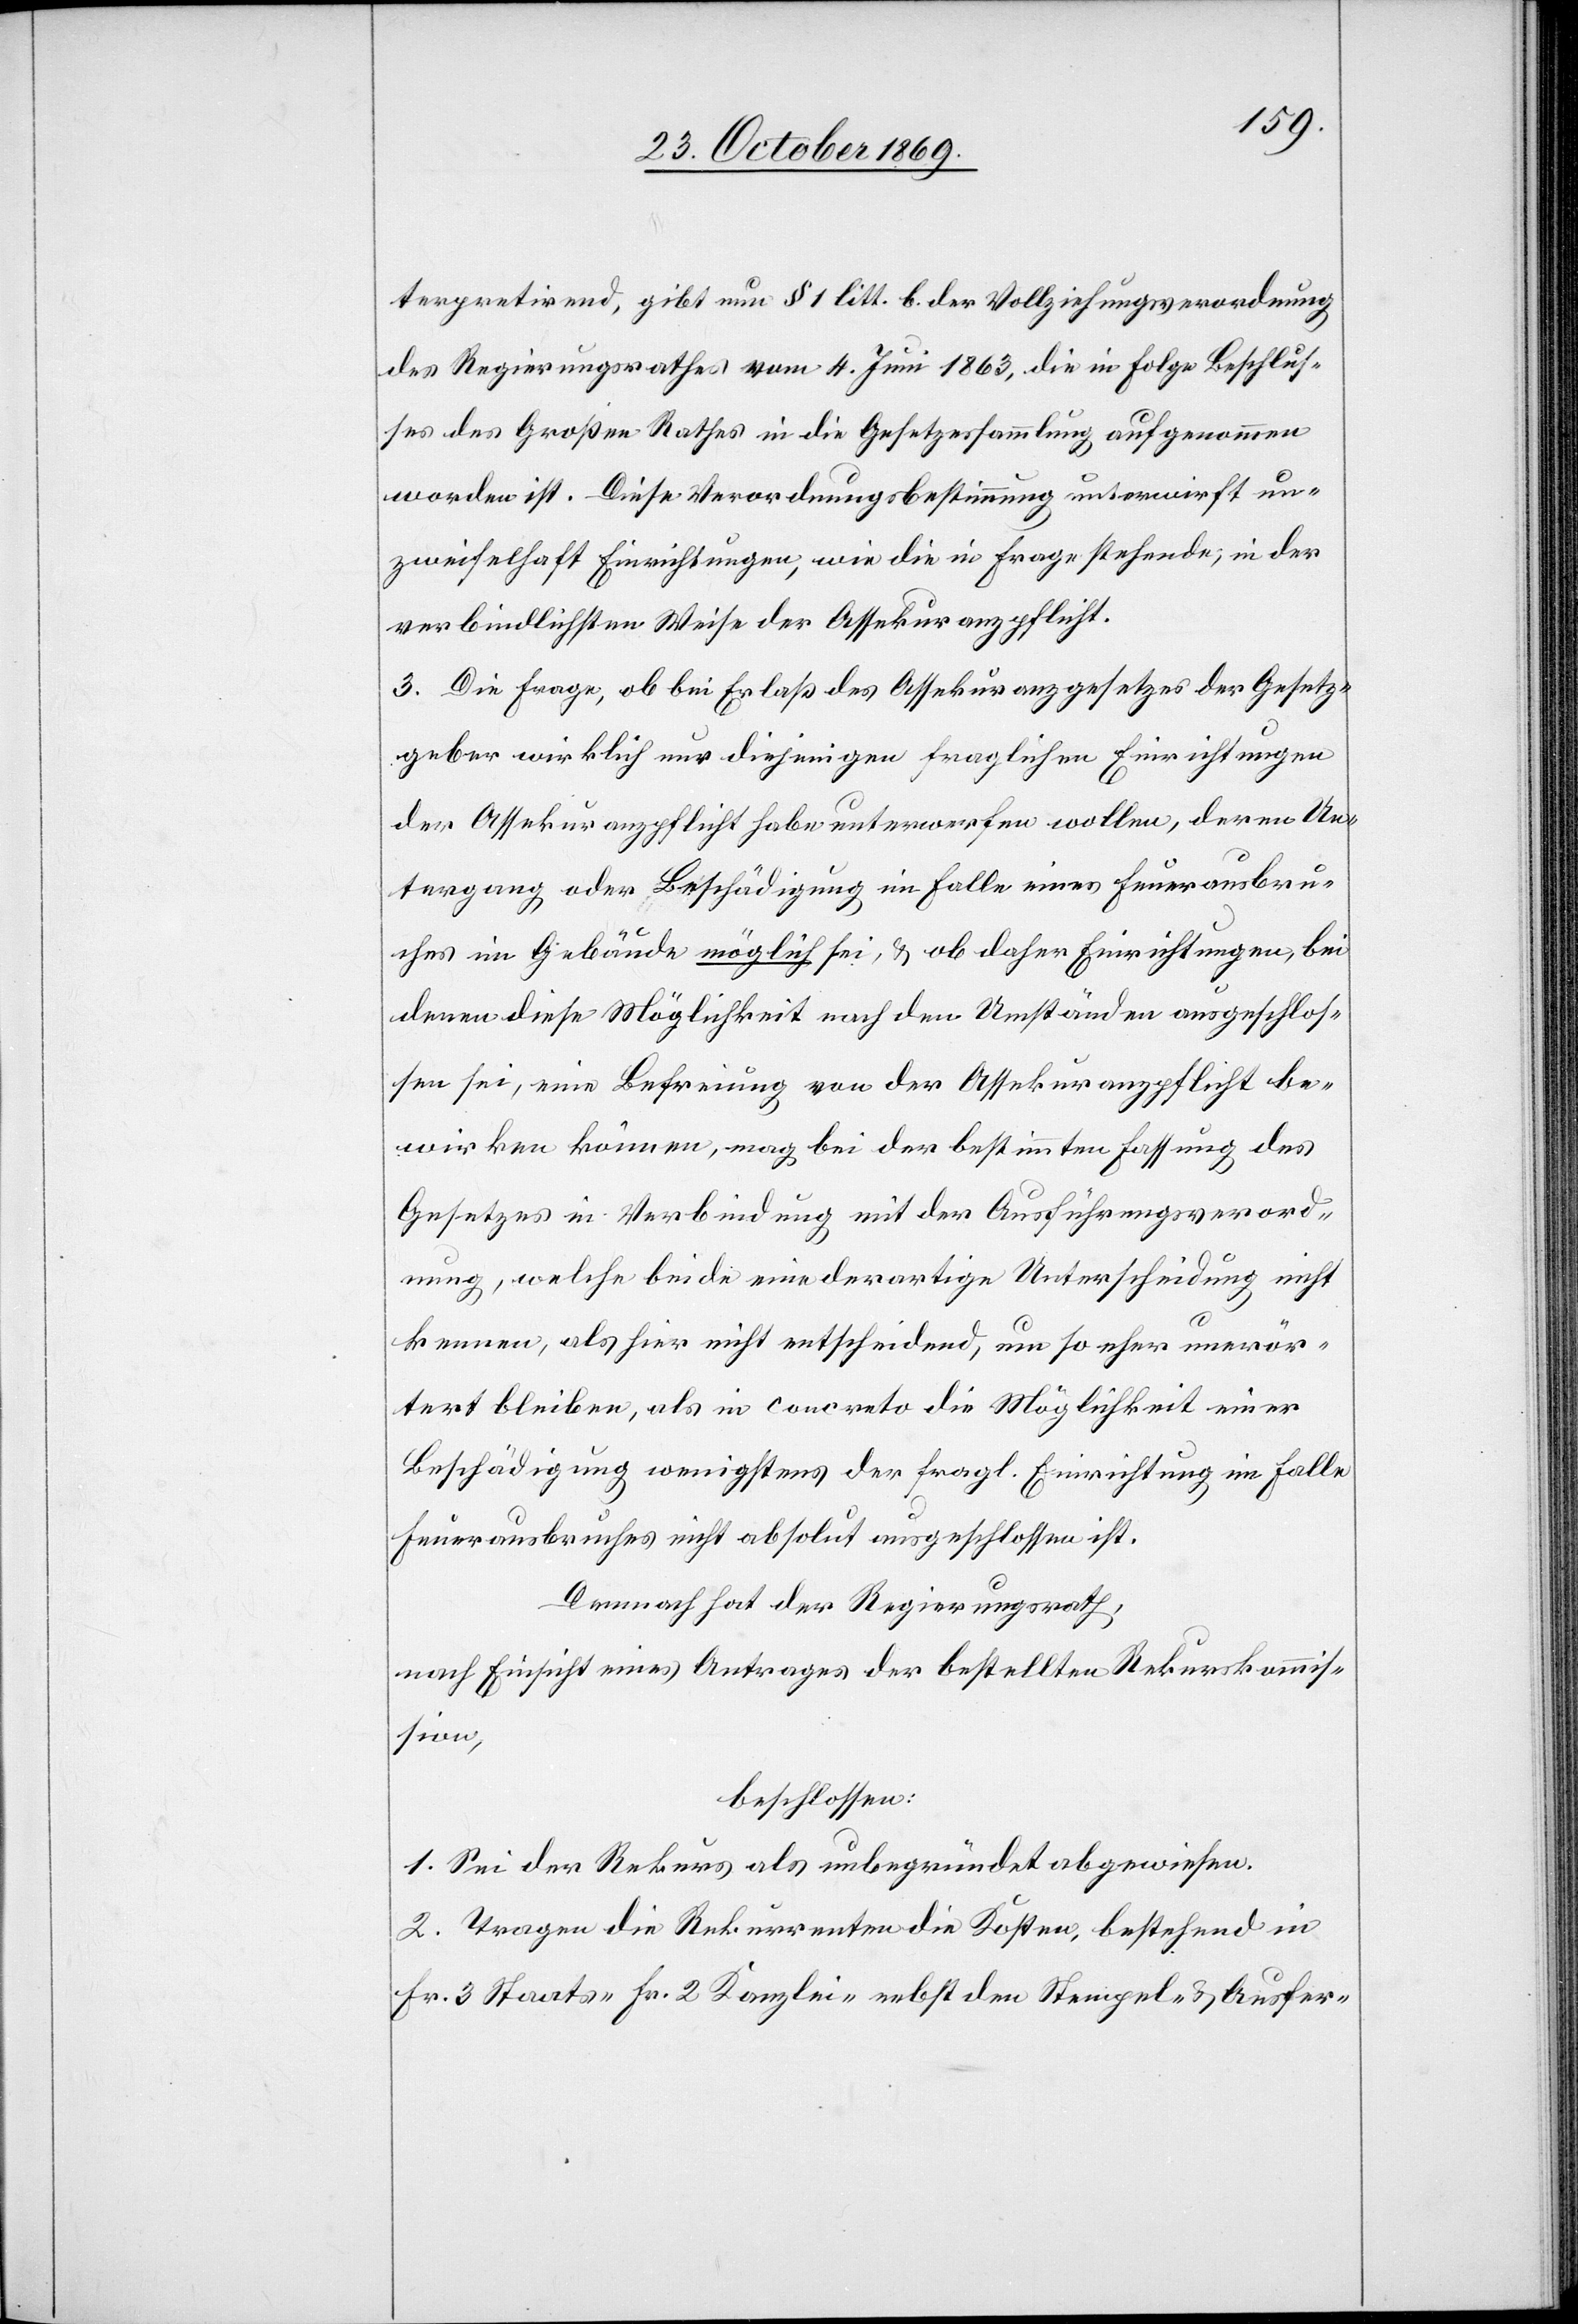
terpretirend, gibt nun § 1 litt. b. der Vollziehungsverordnung
des Regierungsrathes vom 4. Juni 1863, die in Folge Beschlus¬
ses des Großen Rathes in die Gesetzessammlung aufgenommen
worden ist. Diese Verordnungsbestimmung unterwirft un¬
zweifelhaft Einrichtungen, wie die in Frage stehende, in der
verbindlichsten Weise der Assekuranzpflicht.
3. Die Frage, ob bei Erlaß des Assekuranzgesetzes der Gesetz¬
geber wirklich nur diejenigen fraglichen Einrichtungen
der Assekuranzpflicht habe unterwerfen wollen, deren Un¬
tergang oder Beschädigung im Falle eines Feuerausbru¬
ches im Gebäude möglich sei, & ob daher Einrichtungen, bei
denen diese Möglichkeit nach den Umständen ausgeschlos¬
sen sei, eine Befreiung von der Assekuranzpflicht be¬
wirken können, mag bei der bestimmten Fassung des
Gesetzes in Verbindung mit der Ausführungsverord¬
nung, welche beide eine derartige Unterscheidung nicht
kennen, als hier nicht entscheidend, um so eher unerör¬
tert bleiben, als in concreto die Möglichkeit einer
Beschädigung wenigstens der fragl. Einrichtung im Falle
Feuerausbruches nicht absolut ausgeschlossen ist.
Demnach hat der Regierungsrath,
nach Einsicht eines Antrages der bestellten Rekurskommis¬
sion,
beschlossen:
1. Sei der Rekurs als unbegründet abgewiesen.
2. Tragen die Rekurrenten die Kosten, bestehend in
Fr. 3 Staats-[,] Fr. 2 Kanzlei-[,] nebst den Stempel- & Ausfer-